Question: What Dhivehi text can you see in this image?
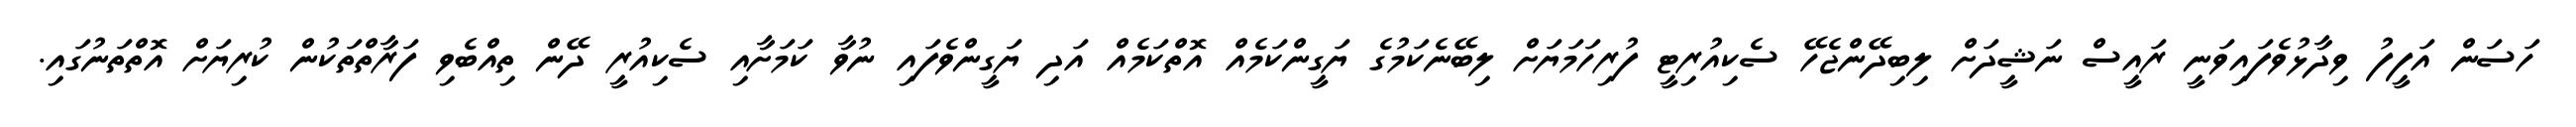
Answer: ހަސަން އަފީފު ވިދާޅުވެފައިވަނީ ރައީސް ނަޝީދަށް ލިބިދޭންޖެހޭ ސެކިއުރިޓީ ފުރިހަމަޔަށް ލިބޭނެކަމުގެ ޔަގީންކަމެއް އޮތްކަމެއް އަދި ޔަގީންވެފައި ނުވާ ކަމަށާއި ސެކިއުރީ ދޭން ތިއްބެވި ފަރާތްތަކުން ކުރިޔަށް އޮތްތަނުގައި.